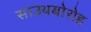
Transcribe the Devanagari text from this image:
साउथबोरोह